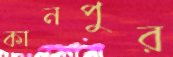
কানপুর